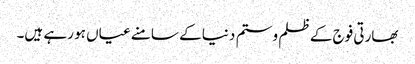
بھارتی فوج کے ظلم و ستم دنیا کے سامنے عیاں ہو رہے ہیں۔